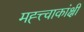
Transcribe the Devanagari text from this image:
मह्त्त्वाकांक्षी